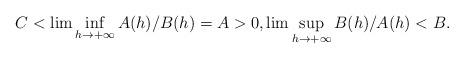
LaTeX: \begin{align*}C<\lim \inf_{h\rightarrow +\infty }A(h)/B(h)=A>0,\lim\sup_{h\rightarrow +\infty }B(h)/A(h)<B. \end{align*}